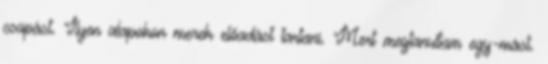
csapást. Ilyen alapokon merek előadást tartani. Mert megtanultam egy-mást.